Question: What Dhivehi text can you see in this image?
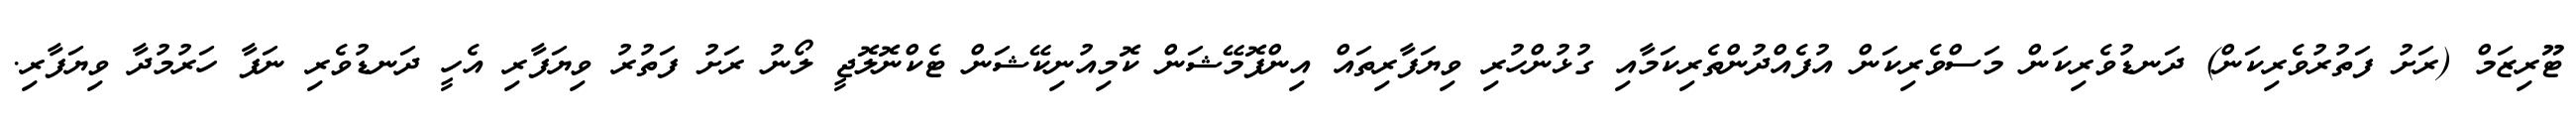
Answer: ޓޫރިޒަމް (ރަށު ފަތުރުވެރިކަން) ދަނޑުވެރިކަން މަސްވެރިކަން އުފެއްދުންތެރިކަމާއި ގުޅުންހުރި ވިޔަފާރިތައް އިންފޮމޭޝަން ކޮމިއުނިކޭޝަން ޓެކްނޮލޮޖީ ލޯނު ރަށު ފަތުރު ވިޔަފާރި އެހީ ދަނޑުވެރި ނަފާ ހަރުމުދާ ވިޔަފާރި.